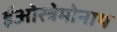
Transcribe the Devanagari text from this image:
ईओस्त्रेमोनाथ